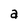
Character: a